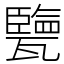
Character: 㽉